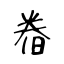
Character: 𣇃